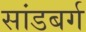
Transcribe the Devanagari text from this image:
सांडबर्ग